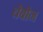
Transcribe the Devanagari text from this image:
चेबोन